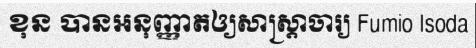
ខុន បានអនុញ្ញាតឲ្យសាស្ត្រាចារ្យ Fumio Isoda